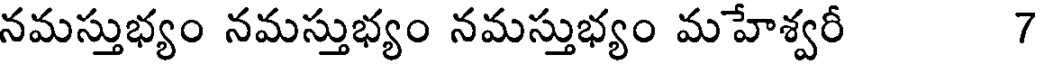
నమస్తుభ్యం నమస్తుభ్యం నమస్తుభ్యం మహేశ్వరీ 7